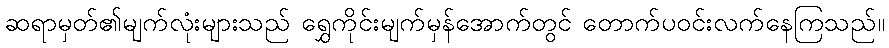
ဆရာမှတ်၏မျက်လုံးများသည် ရွှေကိုင်းမျက်မှန်အောက်တွင် တောက်ပဝင်းလက်နေကြသည်။